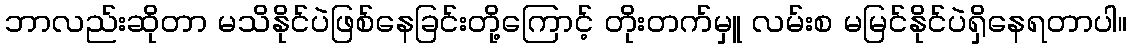
ဘာလည်းဆိုတာ မသိနိုင်ပဲဖြစ်နေခြင်းတို့ကြောင့် တိုးတက်မှူ လမ်းစ မမြင်နိုင်ပဲရှိနေရတာပါ။